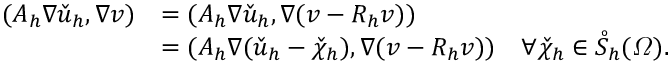
\begin{array} { r l } { ( A _ { h } \nabla \check { u } _ { h } , \nabla v ) } & { = ( A _ { h } \nabla \check { u } _ { h } , \nabla ( v - R _ { h } v ) ) } \\ & { = ( A _ { h } \nabla ( \check { u } _ { h } - \check { \chi } _ { h } ) , \nabla ( v - R _ { h } v ) ) \quad \forall \check { \chi } _ { h } \in \mathring S _ { h } ( \varOmega ) . } \end{array}